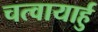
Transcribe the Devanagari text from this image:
चत्वायार्हु